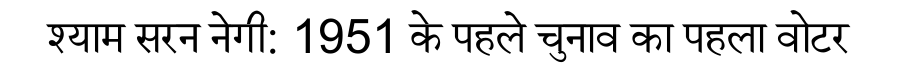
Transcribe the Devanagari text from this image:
श्याम सरन नेगी: 1951 के पहले चुनाव का पहला वोटर